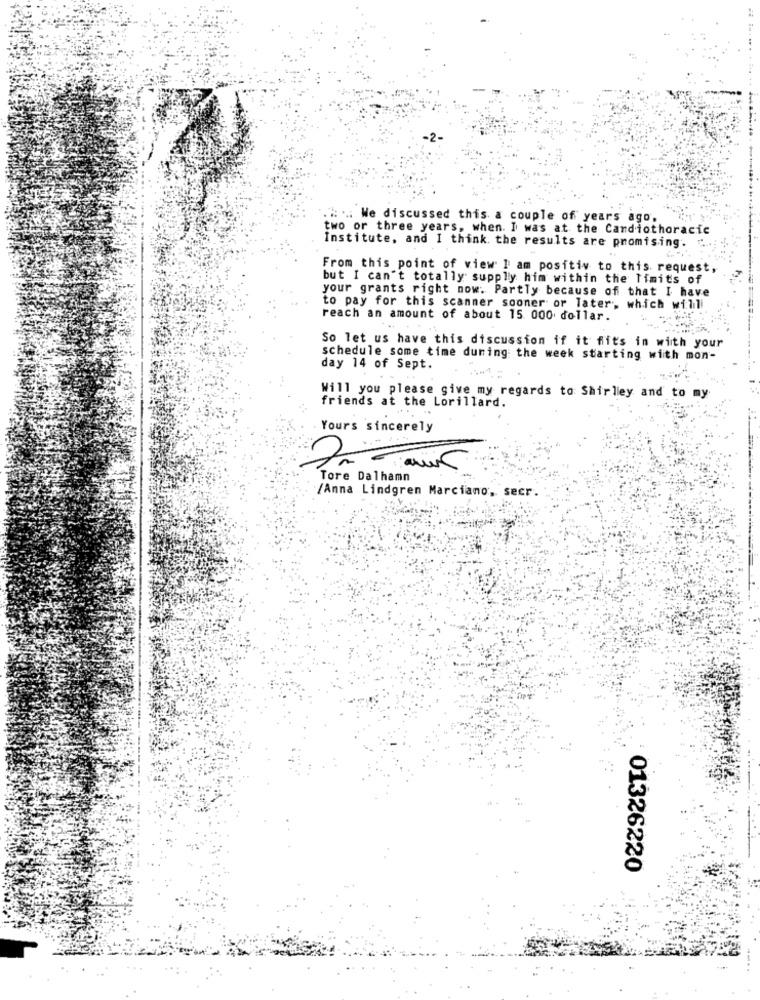
-2-
. We discussed this a couple of years ago,
two or three years, when. I was at the Cardiothoracic
Institute, and I think the results are promising. " ...:
From this point of view I am positiv to this request
but I can't totally supply him within the limits of
your grants right now: Partly because of that I have
to pay for this scanner sooner or later, which willi
reach an amount of about 15 000 dollar.
So let us have this discussion if it fits in with your
schedule some time during the week starting with mon-
day 14 of Sept.
Will you please give my regards to Shirley and to my
friends at the Lorillard.
Yours sincerely
Je
Tore Dalhamn
/Anna Lindgren Marciano, secr.
01326220